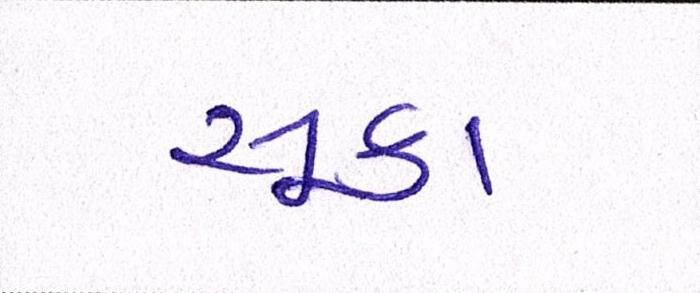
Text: સૂકા